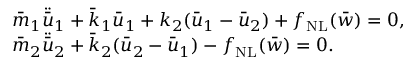
\begin{array} { r l } & { \bar { m } _ { 1 } \ddot { \bar { u } } _ { 1 } + \bar { k } _ { 1 } \bar { u } _ { 1 } + k _ { 2 } ( \bar { u } _ { 1 } - \bar { u } _ { 2 } ) + f _ { \mathrm { N L } } ( \bar { w } ) = 0 , } \\ & { \bar { m } _ { 2 } \ddot { \bar { u } } _ { 2 } + \bar { k } _ { 2 } ( \bar { u } _ { 2 } - \bar { u } _ { 1 } ) - f _ { \mathrm { N L } } ( \bar { w } ) = 0 . } \end{array}